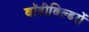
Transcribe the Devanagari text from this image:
बॉडीबिल्डरों